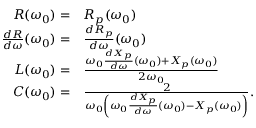
\begin{array} { r l } { R ( \omega _ { 0 } ) = } & { R _ { p } ( \omega _ { 0 } ) } \\ { \frac { d R } { d \omega } ( \omega _ { 0 } ) = } & { \frac { d R _ { p } } { d \omega } ( \omega _ { 0 } ) } \\ { L ( \omega _ { 0 } ) = } & { \frac { \omega _ { 0 } \frac { d X _ { p } } { d \omega } ( \omega _ { 0 } ) + X _ { p } ( \omega _ { 0 } ) } { 2 \omega _ { 0 } } } \\ { C ( \omega _ { 0 } ) = } & { \frac { 2 } { \omega _ { 0 } \left( \omega _ { 0 } \frac { d X _ { p } } { d \omega } ( \omega _ { 0 } ) - X _ { p } ( \omega _ { 0 } ) \right) } . } \end{array}